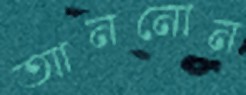
আননোন